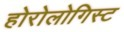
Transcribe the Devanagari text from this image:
होरोलोगिस्ट